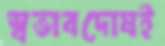
স্বভাবদোষই